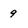
Character: 9